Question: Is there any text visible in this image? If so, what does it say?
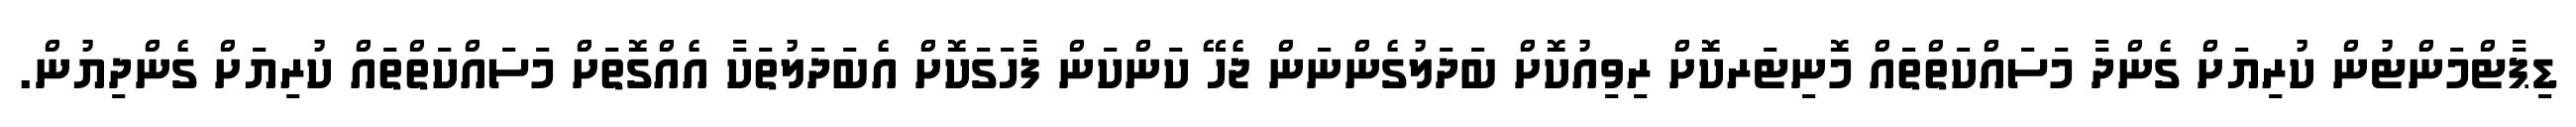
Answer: ޑިޕާޓްމަންޓުން ކުރިޔަށް ގެންދާ މަސައްކަތްތައް މޮނިޓަރކޮށް ރިވިއުކޮށް ބަދަލުގެންނަން ޖެހޭ ކަންކަން ފާހަގަކޮށް އެބަދަލުތަކާ އެއްގޮތަށް މަސައްކަތްތައް ކުރިޔަށް ގެންދިޔުން.